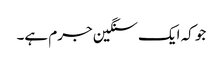
جو کہ ایک سنگین جرم ہے۔